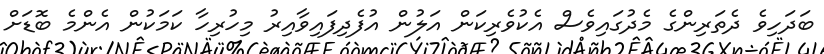
ބަދަހިވެ ދެތަރިންގެ މެދުގައިވެސް އެކުވެރިކަން އަލުން އުފެދިފައިވާއިރު މިހުރިހާ ކަމަކުން އެންމެ ބޮޑަށް